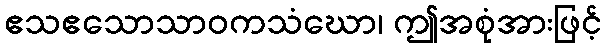
ဧသဧသောသာဝကသံဃော၊ ဤအစုံအားဖြင့်